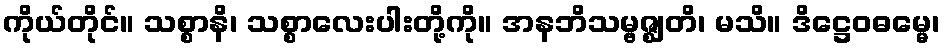
ကိုယ်တိုင်။ သစ္စာနိ၊ သစ္စာလေးပါးတို့ကို။ အနဘိသမ္ဗဇ္ဈတိ၊ မသိ။ ဒိဋ္ဌေဝဓမ္မေ၊